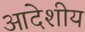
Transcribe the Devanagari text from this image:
आदेशीय